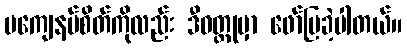
မကျေနပ်စိတ်ကိုလည်း ဒီဝတ္ထုမှာ ဖော်ပြခဲ့ပါတယ်။